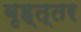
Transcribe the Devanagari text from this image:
बृह्त्तर